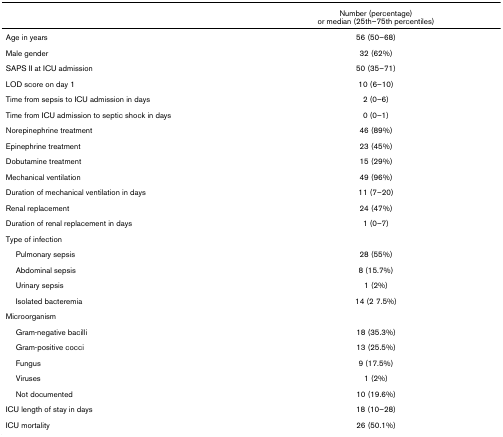
<table><thead><tr><td></td><td><b>Number (percentage) or median (25th–75th percentiles)</b></td></tr></thead><tbody><tr><td>Age in years</td><td>56 (50–68)</td></tr><tr><td>Male gender</td><td>32 (62%)</td></tr><tr><td>SAPS II at ICU admission</td><td>50 (35–71)</td></tr><tr><td>LOD score on day 1</td><td>10 (6–10)</td></tr><tr><td>Time from sepsis to ICU admission in days</td><td>2 (0–6)</td></tr><tr><td>Time from ICU admission to septic shock in days</td><td>0 (0–1)</td></tr><tr><td>Norepinephrine treatment</td><td>46 (89%)</td></tr><tr><td>Epinephrine treatment</td><td>23 (45%)</td></tr><tr><td>Dobutamine treatment</td><td>15 (29%)</td></tr><tr><td>Mechanical ventilation</td><td>49 (96%)</td></tr><tr><td>Duration of mechanical ventilation in days</td><td>11 (7–20)</td></tr><tr><td>Renal replacement</td><td>24 (47%)</td></tr><tr><td>Duration of renal replacement in days</td><td>1 (0–7)</td></tr><tr><td>Type of infection</td><td></td></tr><tr><td> Pulmonary sepsis</td><td>28 (55%)</td></tr><tr><td> Abdominal sepsis</td><td>8 (15.7%)</td></tr><tr><td> Urinary sepsis</td><td>1 (2%)</td></tr><tr><td> Isolated bacteremia</td><td>14 (2 7.5%)</td></tr><tr><td>Microorganism</td><td></td></tr><tr><td> Gram-negative bacilli</td><td>18 (35.3%)</td></tr><tr><td> Gram-positive cocci</td><td>13 (25.5%)</td></tr><tr><td> Fungus</td><td>9 (17.5%)</td></tr><tr><td> Viruses</td><td>1 (2%)</td></tr><tr><td> Not documented</td><td>10 (19.6%)</td></tr><tr><td>ICU length of stay in days</td><td>18 (10–28)</td></tr><tr><td>ICU mortality</td><td>26 (50.1%)</td></tr></tbody></table>